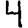
Digit: 4